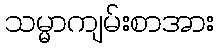
သမ္မာကျမ်းစာအား